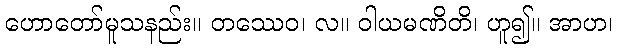
ဟောတော်မူသနည်း။ တဿေဝ၊ လ။ ဝါယမဏိတိ၊ ဟူ၍။ အာဟ၊